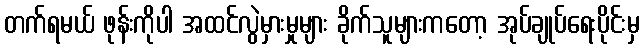
တက်ရမယ် ဖုန်းကိုပါ အထင်လွဲမှားမှုများ ခိုက်သူများကတော့ အုပ်ချုပ်ရေးပိုင်းမှ